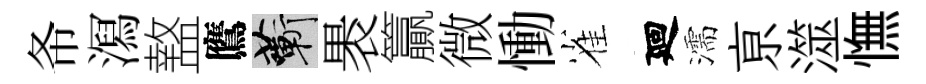
𢁙㵼盩鷹蔪褁籯微慟雀廻濡亰澨憮